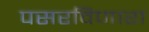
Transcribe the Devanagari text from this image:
पसरविणारा